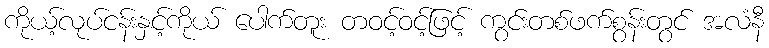
ကိုယ့်လုပ်ငန်းနှင့်ကိုယ် ပေါက်တူး တဝင့်ဝင့်ဖြင့် ကွင်းတစ်ဖက်စွန်းတွင် အလံနီ